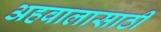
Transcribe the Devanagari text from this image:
अहवालासाठी